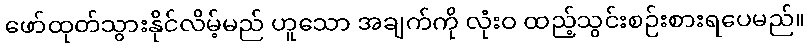
ဖော်ထုတ်သွားနိုင်လိမ့်မည် ဟူသော အချက်ကို လုံးဝ ထည့်သွင်းစဉ်းစားရပေမည်။